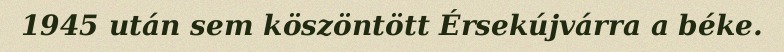
1945 után sem köszöntött Érsekújvárra a béke.